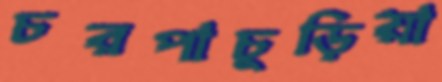
চরপাচুড়িয়া